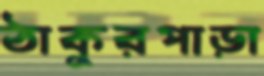
ঠাকুরপাড়া